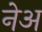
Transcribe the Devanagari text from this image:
नेअ